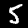
Label: 5